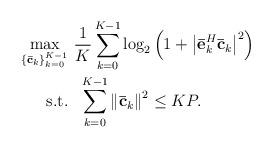
\begin{align*} \begin{aligned} \mathop {\max }\limits_{\{ {\bf{\bar c}}_k\} _{k = 0}^{K - 1} } & \ \frac{1}{K}\sum\limits_{k = 0}^{K - 1} {\log _2}\left( {1 + {{\left| {\bf{\bar e}}_k^H{{\bf{\bar c}}_k}\right|}^2}} \right) \\ {\rm{s.t.}} &\ \ \sum\limits_{k = 0}^{K - 1} {{{\left\| {{\bf{\bar c}}_k} \right\|}^2}} \le KP. \end{aligned} \end{align*}